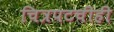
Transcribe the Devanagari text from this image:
चित्रपटचीही